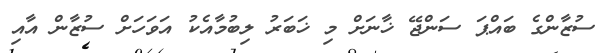
ސުޒާންގެ ބައްޕަ ސަންޖޭ ޚާނަށް މި ޚަބަރު ލިބުމާއެކު އަވަހަށް ސުޒާން އާއި